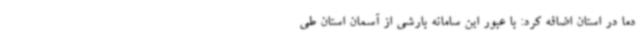
دما در استان اضافه کرد: با عبور این سامانه بارشی از آسمان استان طی